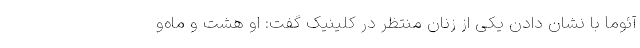
آئوما با نشان دادن یکی از زنان منتظر در کلینیک گفت: او هشت و ماه‌و